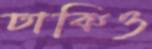
ঢাকিও